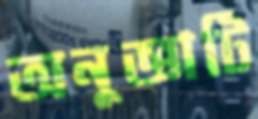
অনুজ্ঞাটি